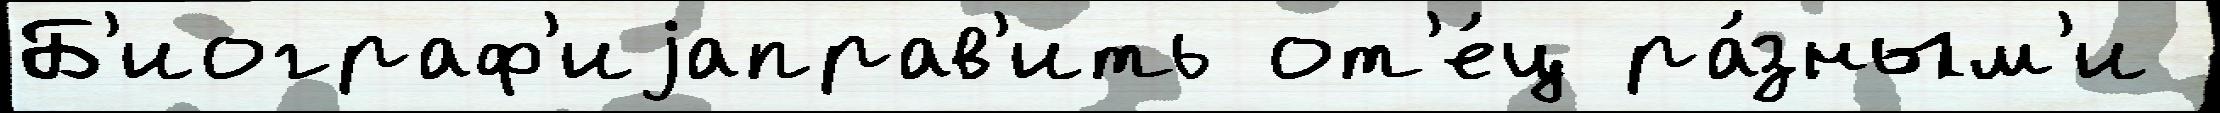
Б'иограф'иjаправ'ить от'е́ц ра́зным'и